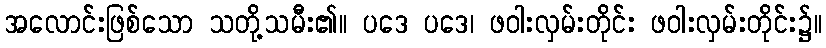
အလောင်းဖြစ်သော သတို့သမီး၏။ ပဒေ ပဒေ၊ ဖဝါးလှမ်းတိုင်း ဖဝါးလှမ်းတိုင်း၌။